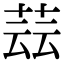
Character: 𦱚